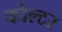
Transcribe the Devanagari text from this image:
कोल्टर